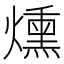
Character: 燻